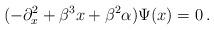
LaTeX: \begin{align*}(-\partial_x^2 + \beta^3 x + \beta^2 \alpha) \Psi(x) = 0\, .\end{align*}